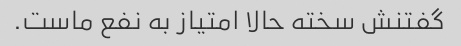
گفتنش سخته حالا امتیاز به نفع ماست.